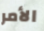
الأمر